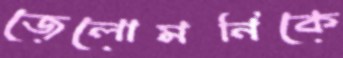
জেলোমনিকে